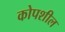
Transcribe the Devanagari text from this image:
कोपशील